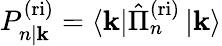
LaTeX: P_{n|\mathbf{k}}^{\mathrm{{(ri)}}}=\left\langle\mathbf{k}\right|\hat{{\Pi}}_{n}^{\mathrm{{(ri)}}}\left|\mathbf{k}\right\rangle